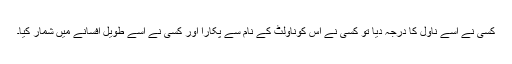
کسی نے اسے ناول کا درجہ دیا تو کسی نے اس کوناولٹ کے نام سے پکارا اور کسی نے اسے طویل افسانے میں شمار کیا۔